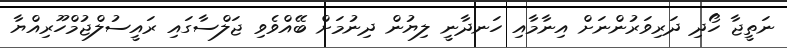
ނަތީޖާ ހޯދި ދަރިވަރުންނަށް އިނާމާއި ހަނދާނީ ލިޔުން ދިނުމަށް ބޭއްވެވި ޖަލްސާގައި ރައީސުލްޖުމްހޫރިއްޔާ